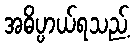
အဓိပ္ပာယ်ရသည့်